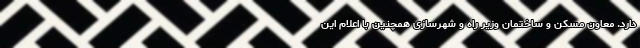
دارد. معاون مسکن و ساختمان وزیر راه و شهرسازی همچنین با اعلام این